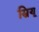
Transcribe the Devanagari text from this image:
स्रियू